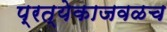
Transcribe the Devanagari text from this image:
प्रत्येकाजवळच